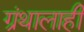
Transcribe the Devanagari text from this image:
ग्रंथालाही